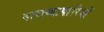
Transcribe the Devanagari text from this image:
दासव्यापारियों